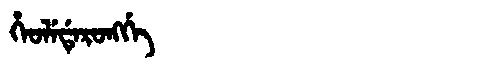
Manchu: ᡥᡝᠣᠯᡝᡩᡝᡵᠣᠩᡤᡝ
Romanization: HEOLEDERONGGE